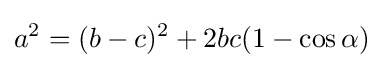
a^{2}=(b-c)^{2}+2bc(1-\cos \alpha )